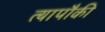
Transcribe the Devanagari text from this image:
त्यापौकी